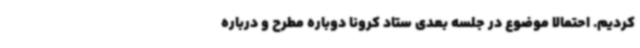
کردیم. احتمالا موضوع در جلسه بعدی ستاد کرونا دوباره مطرح و درباره